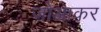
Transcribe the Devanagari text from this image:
जोआकर